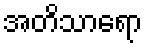
အတိသာရော